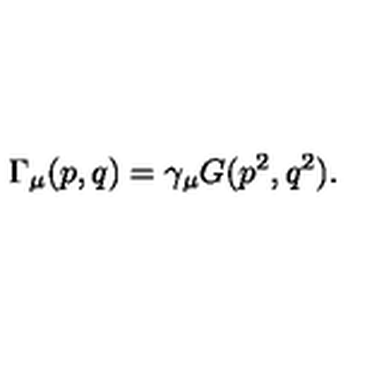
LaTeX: \Gamma _ { \mu } ( p , q ) = \gamma _ { \mu } G ( p ^ { 2 } , q ^ { 2 } ) .